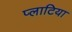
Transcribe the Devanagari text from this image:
प्लाटिया